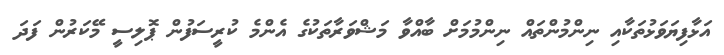
އަޅާފިޔަވަޅުތަކާއި ނިންމުންތައް ނިންމުމަށް ބާއްވާ މަޝްވަރާތަކުގެ އެންމެ ކުރީސަފުން ޕޮލިސީ މޭކަރުން ފަދަ